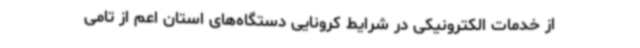
از خدمات الکترونیکی در شرایط کرونایی دستگاه‌های استان اعم از تامی